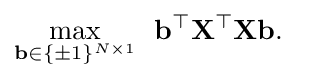
{\begin{aligned}&{\underset {\mathbf {b} \in \{\pm 1\}^{N\times 1}}{\text{max}}}~~\mathbf {b} ^{\top }\mathbf {X} ^{\top }\mathbf {X} \mathbf {b} .\end{aligned}}